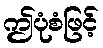
ဤပုံစံဖြင့်